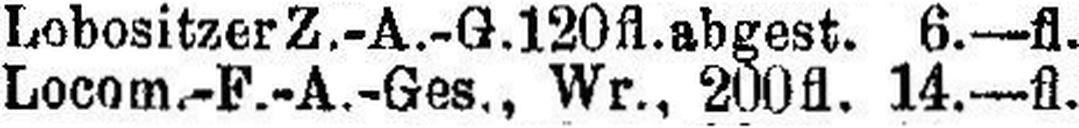
Locom.-F.-A.-Ges., Wr., 200fl. 14.—fl.